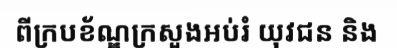
ពីក្របខ័ណ្ឌក្រសួងអប់រំ យុវជន និង